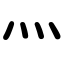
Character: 灬